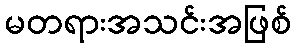
မတရားအသင်းအဖြစ်